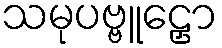
သမုပဗ္ဗူဠှော